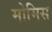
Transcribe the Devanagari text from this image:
मोमिस